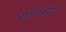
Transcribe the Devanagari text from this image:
पालान्काची